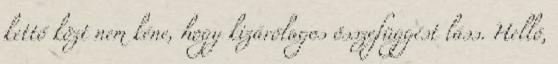
kettő közt nem kéne, hogy kizárólagos összefüggést láss. Helló,